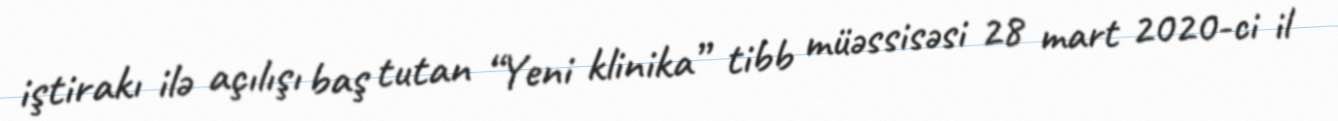
iştirakı ilə açılışı baş tutan “Yeni klinika” tibb müəssisəsi 28 mart 2020-ci il